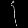
Digit: ၄